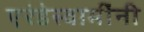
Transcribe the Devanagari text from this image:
एरंडेस्वामींनी